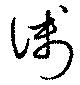
淺